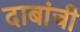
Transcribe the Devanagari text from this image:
दाबांची